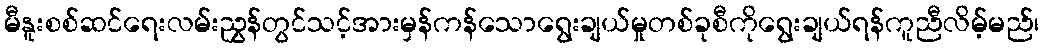
မီနူးစစ်ဆင်ရေးလမ်းညွှန်တွင်သင့်အားမှန်ကန်သောရွေးချယ်မှုတစ်ခုစီကိုရွေးချယ်ရန်ကူညီလိမ့်မည်၊